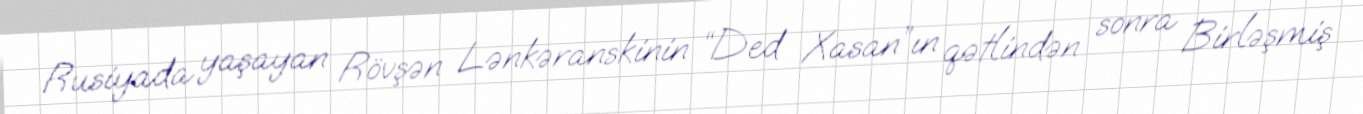
Rusiyada yaşayan Rövşən Lənkəranskinin “Ded Xasan”ın qətlindən sonra Birləşmiş